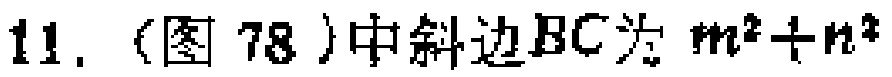
11.（图 78）中斜边\(BC\)为 \(m^{2}+n^{2}\)